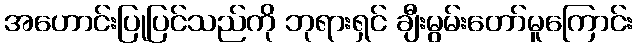
အဟောင်းပြုပြင်သည်ကို ဘုရားရှင် ချီးမွမ်းတော်မူကြောင်း